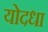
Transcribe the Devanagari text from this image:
योदधा